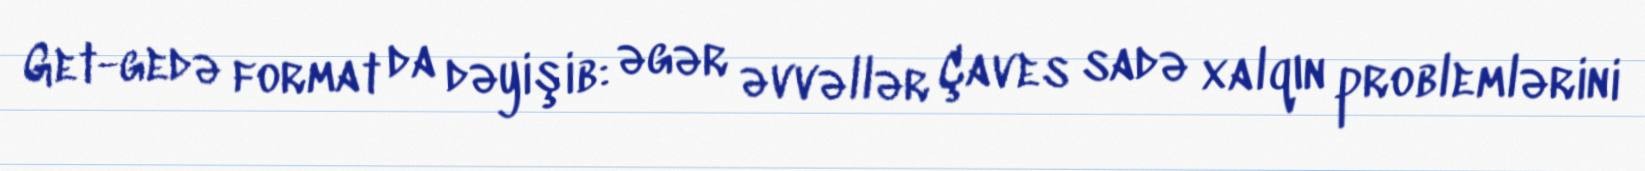
Get-gedə format da dəyişib: əgər əvvəllər Çaves sadə xalqın problemlərini